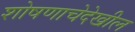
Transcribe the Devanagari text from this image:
शोषणाचेदेखील